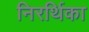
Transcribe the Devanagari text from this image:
निरर्थिका